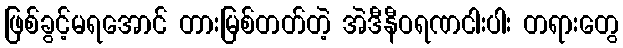
ဖြစ်ခွင့်မရအောင် တားမြစ်တတ်တဲ့ အဲဒီနီဝရဏငါးပါး တရားတွေ